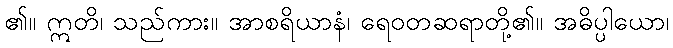
၏။ ဣတိ၊ သည်ကား။ အာစရိယာနံ၊ ရေဝတဆရာတို့၏။ အဓိပ္ပါယော၊